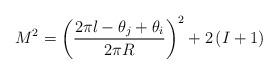
LaTeX: \begin{align*}M^{2}=\left( \frac{2\pi l-\theta _{j}+\theta _{i}}{2\pi R}\right)^{2}+2\left( I+1\right)\end{align*}